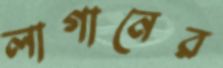
লাগানের